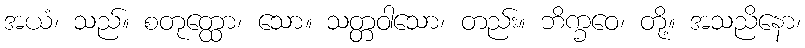
အယံ၊ သည်။ စတုတ္ထော၊ သော။ သတ္တဝါသော၊ တည်း။ ဘိက္ခဝေ၊ တို့။ အသညိနော၊